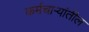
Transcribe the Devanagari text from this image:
कर्मचार्‍यांतील